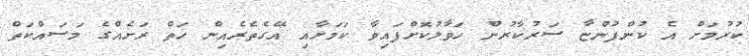
ކުރުމަށް އެ ކުންފުންޏާ ސަރުކާރުން ހަވާލުކޮށްފައިވާ ކަމަށާއި އޭގެތެރެއިން ހަތް ރަށެއްގެ މަސައްކަތް